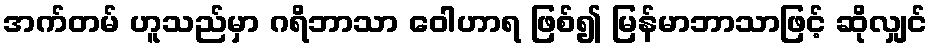
အက်တမ် ဟူသည်မှာ ဂရိဘာသာ ဝေါဟာရ ဖြစ်၍ မြန်မာဘာသာဖြင့် ဆိုလျှင်